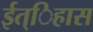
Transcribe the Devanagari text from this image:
ईत्िहास